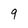
Character: 9